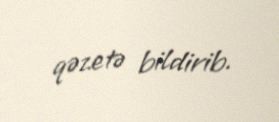
qəzetə bildirib.